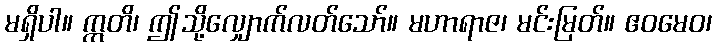
မရှိပါ။ ဣတိ၊ ဤသို့လျှောက်လတ်သော်။ မဟာရာဇ၊ မင်းမြတ်။ ဧဝမေဝ၊